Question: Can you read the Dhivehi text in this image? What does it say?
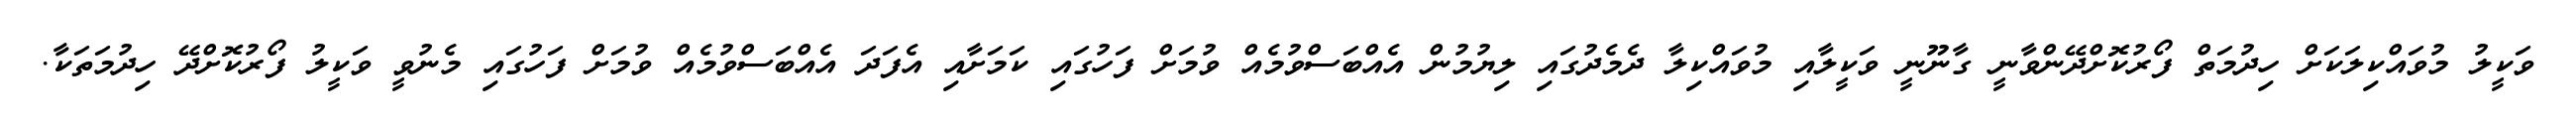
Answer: ވަކީލު މުވައްކިލަކަށް ހިދުމަތް ފޯރުކޮށްދޭންވާނީ ގާނޫނީ ވަކީލާއި މުވައްކިލާ ދެމެދުގައި ލިޔުމުން އެއްބަސްވުމެއް ވުމަށް ފަހުގައި ކަމަށާއި އެފަދަ އެއްބަސްވުމެއް ވުމަށް ފަހުގައި މެނުވީ ވަކީލު ފޯރުކޮށްދޭ ހިދުމަތަކާ.